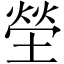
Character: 塋